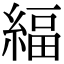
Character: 䋹